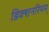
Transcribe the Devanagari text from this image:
डिक्शनरियम्